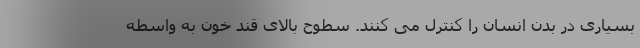
بسیاری در بدن انسان را کنترل می کنند. سطوح بالای قند خون به واسطه